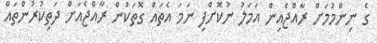
ގެ ނިންމުމަށް ރާއްޖެއިން އަމަލު ނުކޮށްފި ނަމަ އެތައް ގޮތަކުން ރާއްޖެއަށް ދަތިކުރުންތައް